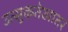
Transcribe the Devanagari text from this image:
उत्सुकतेखातर